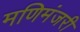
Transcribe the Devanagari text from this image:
मणिमंजरी